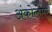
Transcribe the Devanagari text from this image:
अंकोलेमर